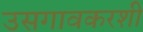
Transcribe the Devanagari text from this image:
उसगावकरशी